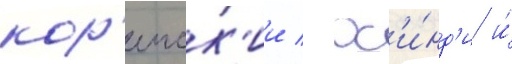
кор'еиск'ии / х'и́нд'и и́